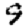
Digit: 9